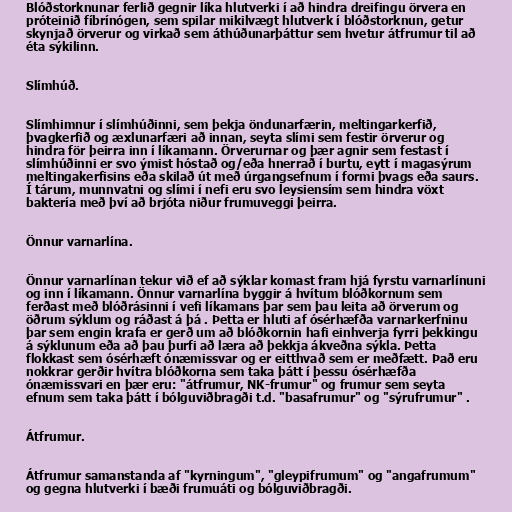
Blóðstorknunar ferlið gegnir líka hlutverki í að hindra dreifingu örvera en
próteinið fíbrínógen, sem spilar mikilvægt hlutverk í blóðstorknun, getur
skynjað örverur og virkað sem áthúðunarþáttur sem hvetur átfrumur til að
éta sýkilinn.

Slímhúð.

Slímhimnur í slímhúðinni, sem þekja öndunarfærin, meltingarkerfið,
þvagkerfið og æxlunarfæri að innan, seyta slími sem festir örverur og
hindra för þeirra inn í líkamann. Örverurnar og þær agnir sem festast í
slímhúðinni er svo ýmist hóstað og/eða hnerrað í burtu, eytt í magasýrum
meltingakerfisins eða skilað út með úrgangsefnum í formi þvags eða saurs.
Í tárum, munnvatni og slími í nefi eru svo leysiensím sem hindra vöxt
baktería með því að brjóta niður frumuveggi þeirra.

Önnur varnarlína.

Önnur varnarlínan tekur við ef að sýklar komast fram hjá fyrstu varnarlínuni
og inn í líkamann. Önnur varnarlína byggir á hvítum blóðkornum sem
ferðast með blóðrásinni í vefi líkamans þar sem þau leita að örverum og
öðrum sýklum og ráðast á þá . Þetta er hluti af ósérhæfða varnarkerfninu
þar sem engin krafa er gerð um að blóðkornin hafi einhverja fyrri þekkingu
á sýklunum eða að þau þurfi að læra að þekkja ákveðna sýkla. Þetta
flokkast sem ósérhæft ónæmissvar og er eitthvað sem er meðfætt. Það eru
nokkrar gerðir hvítra blóðkorna sem taka þátt í þessu ósérhæfða
ónæmissvari en þær eru: "átfrumur, NK-frumur" og frumur sem seyta
efnum sem taka þátt í bólguviðbragði t.d. "basafrumur" og "sýrufrumur" .

Átfrumur.

Átfrumur samanstanda af "kyrningum", "gleypifrumum" og "angafrumum"
og gegna hlutverki í bæði frumuáti og bólguviðbragði.